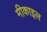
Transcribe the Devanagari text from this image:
मीकाइल